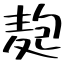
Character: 麭